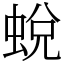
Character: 蛻